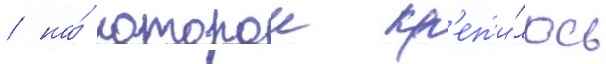
/ на́ которои кр'еп'и́лось